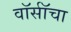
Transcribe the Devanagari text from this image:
वॉर्सॉचा